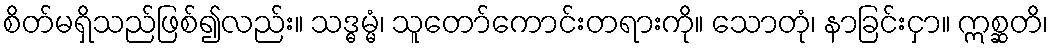
စိတ်မရှိသည်ဖြစ်၍လည်း။ သဒ္ဓမ္မံ၊ သူတော်ကောင်းတရားကို။ သောတုံ၊ နာခြင်းငှာ။ ဣစ္ဆတိ၊